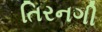
તિરનગી